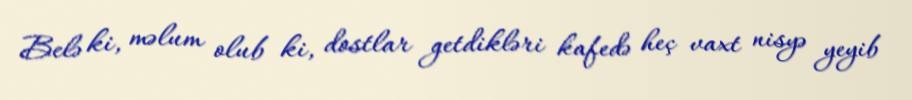
Belə ki, məlum olub ki, dostlar getdikləri kafedə heç vaxt nisyə yeyib